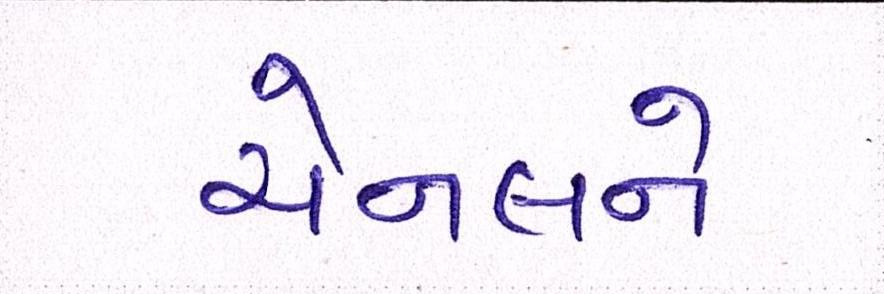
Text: ચેનલને